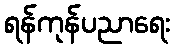
ရန်ကုန်ပညာရေး